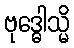
ဗုဒ္ဓေါသ္မိ